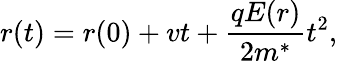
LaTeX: r(t)=r(0)+vt+\frac{qE(r)}{2m^{*}}t^{2},